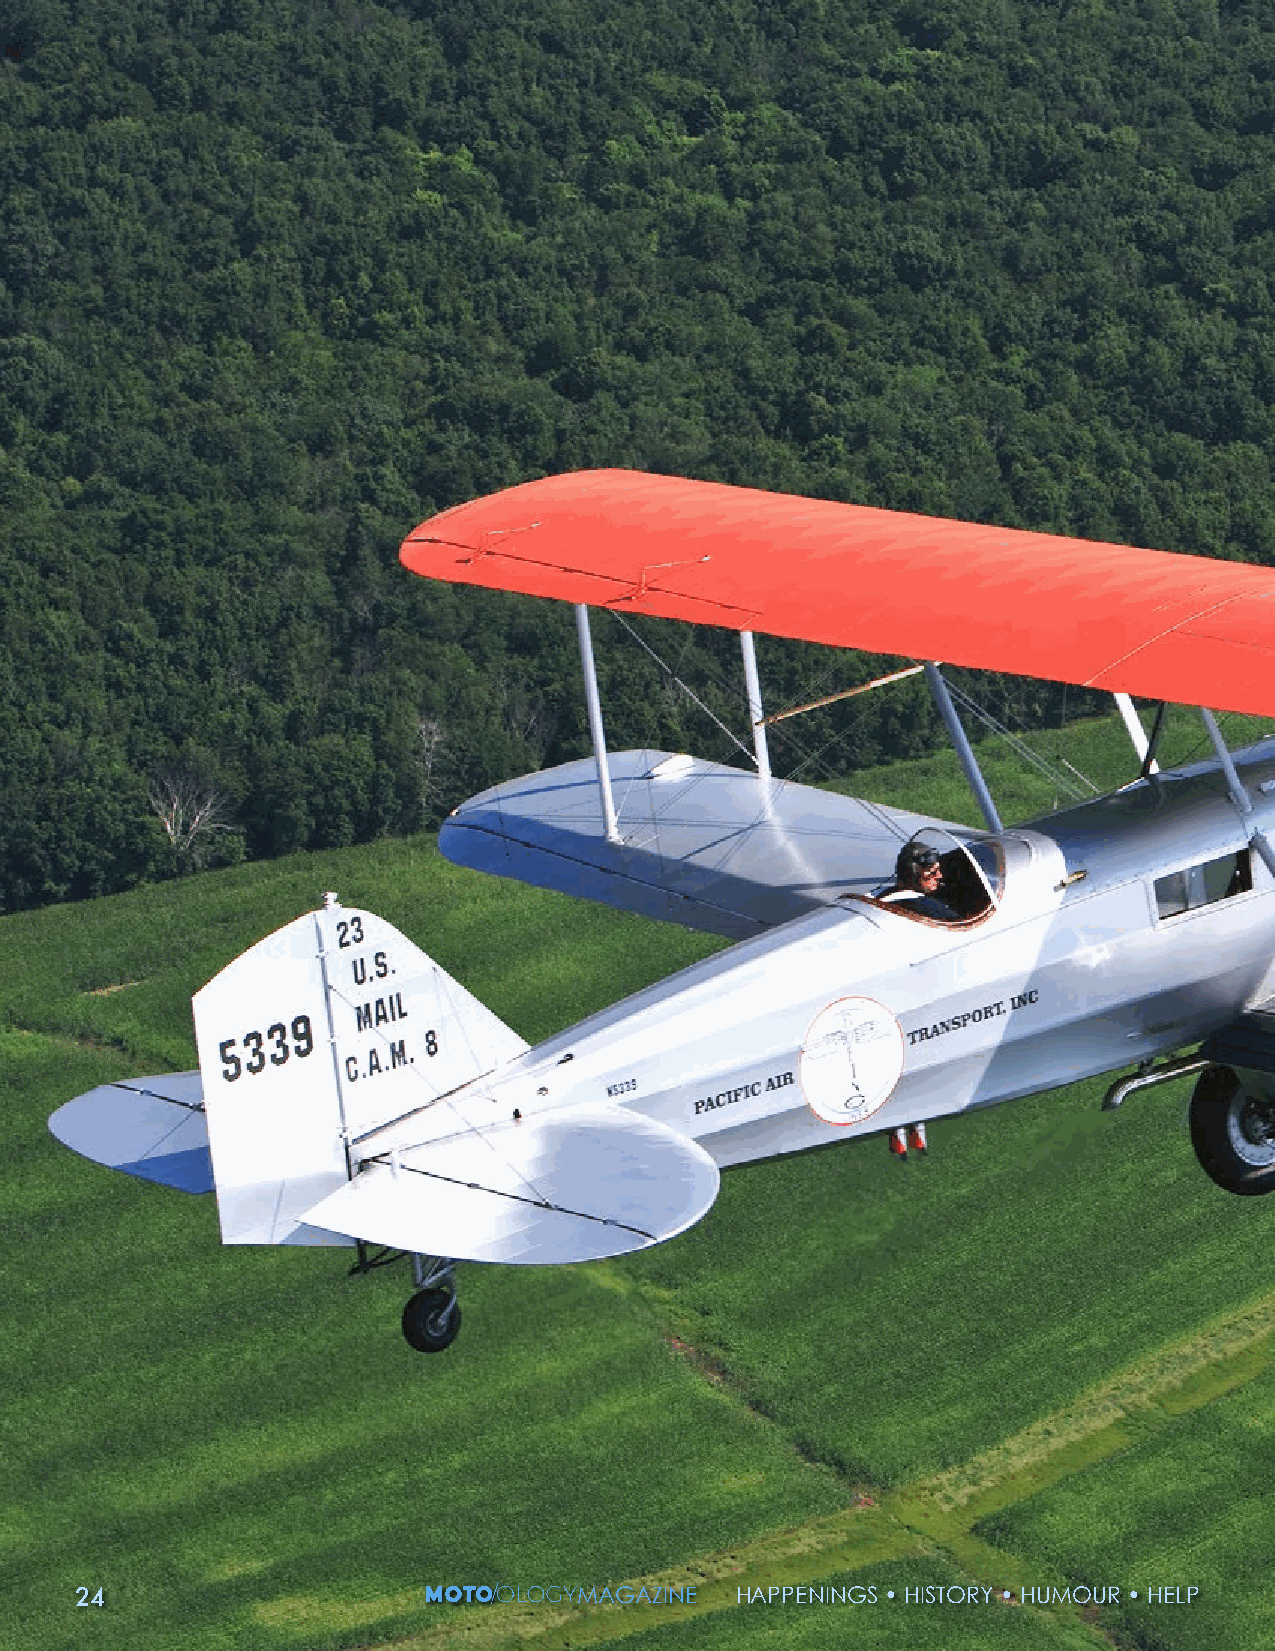
2244                             MMAAGGAAZZIINNEE HHAAPPPPEENNIINNGGSS •• HHIISSTTOORRYY •• HHUUMMOOUURR •• HHEELLPP